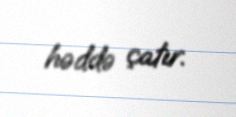
həddə çatır.